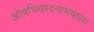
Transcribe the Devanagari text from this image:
ओषधिवरदनाममाला